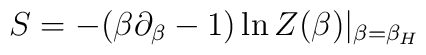
S=-(\beta \partial_\beta-1)\ln Z(\beta )|_{\beta=\beta_H}